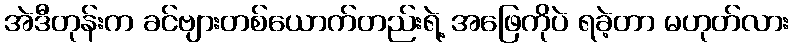
အဲဒီတုန်းက ခင်ဗျားတစ်ယောက်တည်းရဲ့ အဖြေကိုပဲ ရခဲ့တာ မဟုတ်လား